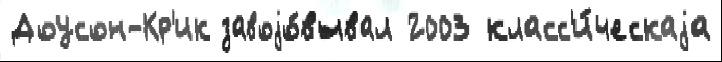
Доусон-Кр'ик завоjо́вывал 2003 класс'и́ческаjа